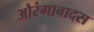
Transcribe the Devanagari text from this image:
औरंगाबादस